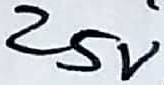
Text: 25V